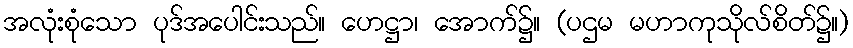
အလုံးစုံသော ပုဒ်အပေါင်းသည်။ ဟေဋ္ဌာ၊ အောက်၌။ (ပဌမ မဟာကုသိုလ်စိတ်၌။)